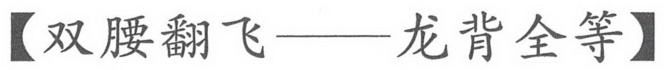
【双腰翻飞——龙背全等】